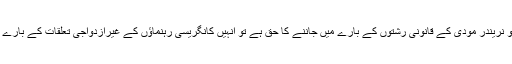
ان کے بقول ’اگر لوگوں کو نریندر مودی کے قانونی رشتوں کے بارے میں جاننے کا حق ہے تو انہیں کانگریسی رہنماؤں کے غیرازدواجی تعلقات کے بارے میں بھی بتایا جانا چاہیے۔